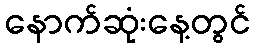
နောက်ဆုံးနေ့တွင်